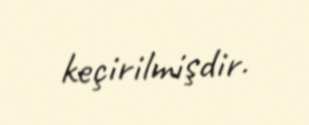
keçirilmişdir.